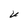
Character: U